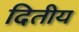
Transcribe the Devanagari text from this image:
दितीय